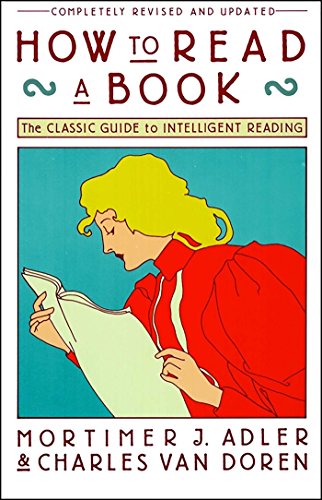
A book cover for How to Read a Book: The Classic Guide to Intelligent Reading (A Touchstone book); Mortimer J. Adler; Literature & Fiction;